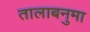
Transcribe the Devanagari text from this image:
तालाबनुमा